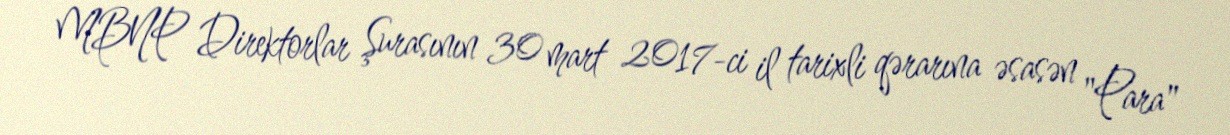
MBNP Direktorlar Şurasının 30 mart 2017-ci il tarixli qərarına əsasən "Para"